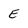
Character: E